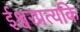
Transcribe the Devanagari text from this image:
ईश्वरप्रत्यकि